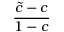
\frac { \tilde { c } - c } { 1 - c }